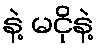
နဲ့ မငိုနဲ့